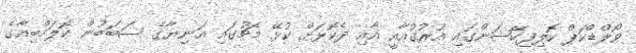
ވޯލްޑްކަޕް ކޮލިފިކޭޝަންގައި އުރުގުއާއީ އާއި ދެކޮޅަށް ކުޅޭ މެޗުގައި އަނިޔާގެ ސަބަބުން ކޮލަމްބިއާގެ